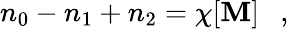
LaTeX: n_{0}-n_{1}+n_{2}=\chi[{\cal\mathbf{M}}]~~~,